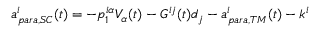
a _ { p a r a , S C } ^ { i } ( t ) = - p _ { 1 } ^ { i \alpha } V _ { \alpha } ( t ) - G ^ { i j } ( t ) d _ { j } - a _ { p a r a , T M } ^ { i } ( t ) - k ^ { i }